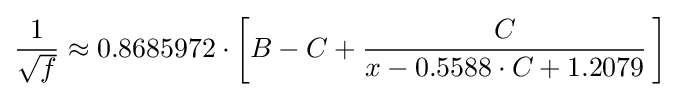
{\textstyle \displaystyle {\frac {1}{\sqrt {f}}}\approx 0.8685972\cdot \left[B-C+\displaystyle {\frac {C}{x-0.5588\cdot C+1.2079}}\,\right]}